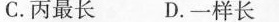
C.丙最长 D.一样长